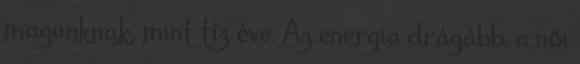
magunknak, mint tíz éve. Az energia drágább, a női